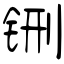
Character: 铏